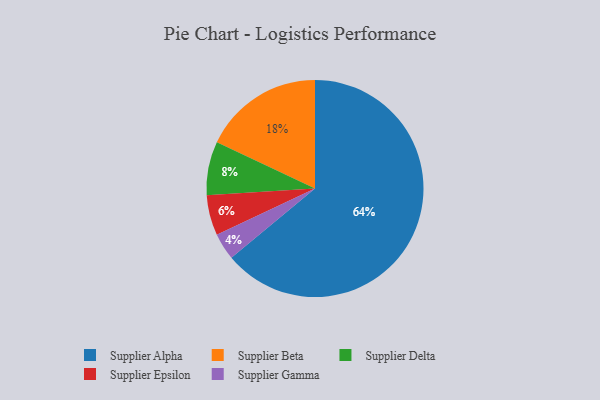
{"axis": {"x": "Category", "y": "Percentage"}, "legend": ["Supplier Alpha", "Supplier Beta", "Supplier Delta", "Supplier Epsilon", "Supplier Gamma"], "data": [{"x": "Supplier Beta", "y": 18, "type": "Supplier Beta"}, {"x": "Supplier Epsilon", "y": 6, "type": "Supplier Epsilon"}, {"x": "Supplier Gamma", "y": 4, "type": "Supplier Gamma"}, {"x": "Supplier Delta", "y": 8, "type": "Supplier Delta"}, {"x": "Supplier Alpha", "y": 64, "type": "Supplier Alpha"}]}